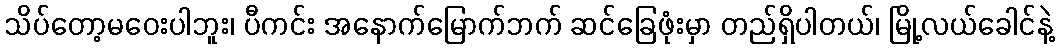
သိပ်တော့မဝေးပါဘူး၊ ပီကင်း အနောက်မြောက်ဘက် ဆင်ခြေဖုံးမှာ တည်ရှိပါတယ်၊ မြို့လယ်ခေါင်နဲ့